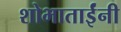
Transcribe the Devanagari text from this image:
शोभाताईंनी